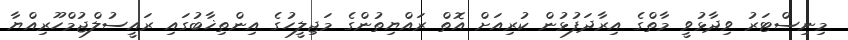
މިނިސްޓަރު ވިދާޅުވީ މާތްގެ އިރާދަފުޅުން ކުރިއަށް އޮތް ރައްޔިތުންގެ މަޖިލީހުގެ އިންތިޚާބުގައި ރައީސުލްޖުމްހޫރިއްޔާ